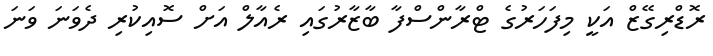
ރޮޑްރިގޭޒް އަކީ މިފަހަރުގެ ޓްރާންސްފާ ބާޒާރުގައި ރެއާލް އަށް ސޮއިކުރި ދެވަނަ ވަނަ